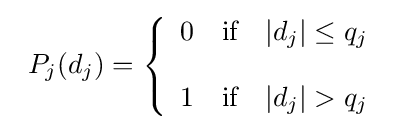
{\begin{array}{cc}P_{j}(d_{j})=\left\{{\begin{array}{lll}0&{\text{if}}&|d_{j}|\leq q_{j}\\\\1&{\text{if}}&|d_{j}|>q_{j}\\\end{array}}\right.\end{array}}